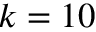
k = 1 0